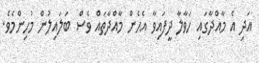
އަދި އެ މާއްދާގައި ހަވާލާ ދީފައިވާ އެހެން މާއްދާތައް ވެސް ބަލައިލުން މުހިންމެވެ.